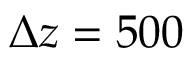
\Delta z = 5 0 0